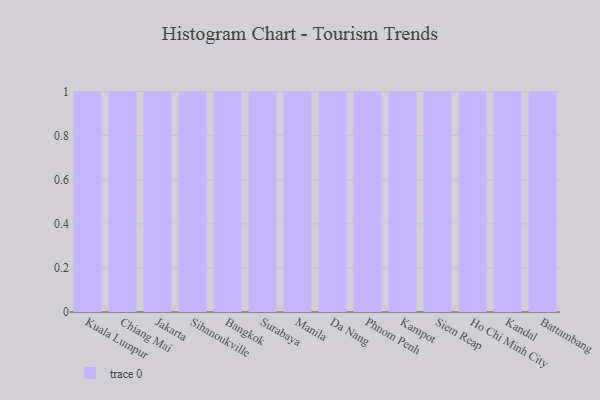
{"axis": {"x": "City", "y": "Temperature (°C)"}, "legend": [""], "data": [{"x": "Kuala Lumpur", "y": 35, "type": ""}, {"x": "Chiang Mai", "y": 72, "type": ""}, {"x": "Jakarta", "y": 27, "type": ""}, {"x": "Sihanoukville", "y": 66, "type": ""}, {"x": "Bangkok", "y": 77, "type": ""}, {"x": "Surabaya", "y": 38, "type": ""}, {"x": "Manila", "y": 62, "type": ""}, {"x": "Da Nang", "y": 42, "type": ""}, {"x": "Phnom Penh", "y": 81, "type": ""}, {"x": "Kampot", "y": 2, "type": ""}, {"x": "Siem Reap", "y": 21, "type": ""}, {"x": "Ho Chi Minh City", "y": 9, "type": ""}, {"x": "Kandal", "y": 42, "type": ""}, {"x": "Battambang", "y": 14, "type": ""}]}